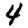
Digit: 4